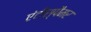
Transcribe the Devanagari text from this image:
एंटीस्पैमर